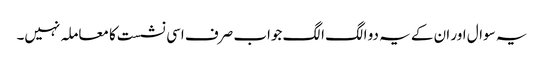
یہ سوال اور ان کے یہ دو الگ الگ جواب صرف اسی نشست کا معاملہ نہیں۔